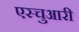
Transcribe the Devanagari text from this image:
एस्चुआरी